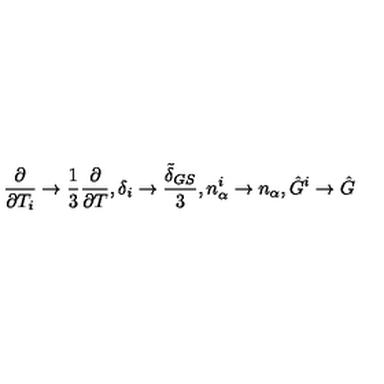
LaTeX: \frac { \partial } { \partial { T _ { i } } } \rightarrow \frac { 1 } { 3 } \frac { \partial } { \partial { T } } , \delta _ { i } \rightarrow \frac { \tilde { \delta } _ { G S } } { 3 } , n _ { \alpha } ^ { i } \rightarrow n _ { \alpha } , \hat { G } ^ { i } \rightarrow \hat { G }